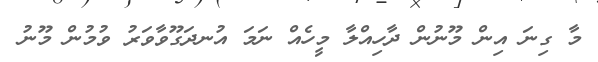
މާ ގިނަ އިން މޫނުން ދާހިއްލާ މީހެއް ނަމަ އުނދަގޫވާވަރު ވުމުން މޫނު